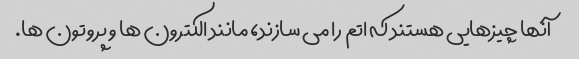
آنها چیزهایی هستند که اتم را می سازند، مانند الکترون ها و پروتون ها.